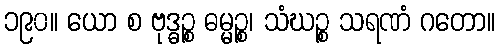
၁၉၀။ ယော စ ဗုဒ္ဓဉ္စ ဓမ္မဉ္စ၊ သံဃဉ္စ သရဏံ ဂတော။